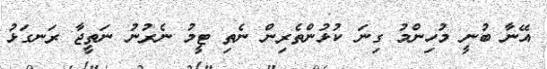
އޭނާ ބުނީ މުހިންމު ގިނަ ކުޅުންތެރިން ނެތި ޓީމު ނެރުނު ނަތީޖާ ރަނގަޅު